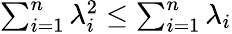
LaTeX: \begin{array}{r}{\sum_{i=1}^{n}\lambda_{i}^{2}\le\sum_{i=1}^{n}\lambda_{i}}\end{array}